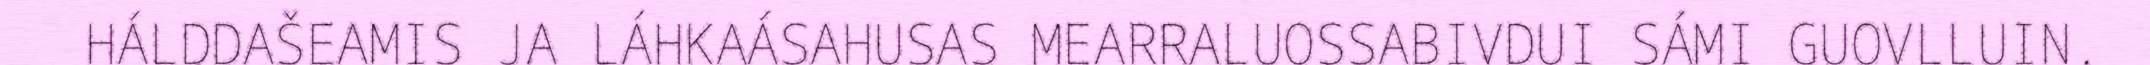
HÁLDDAŠEAMIS JA LÁHKAÁSAHUSAS MEARRALUOSSABIVDUI SÁMI GUOVLLUIN.